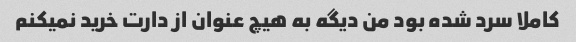
کاملا سرد شده بود من دیگه به هیچ عنوان از دارت خرید نمیکنم